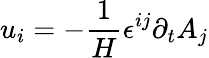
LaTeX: u_{i}=-\frac{1}{H}\epsilon^{ij}\partial_{t}{A}_{j}